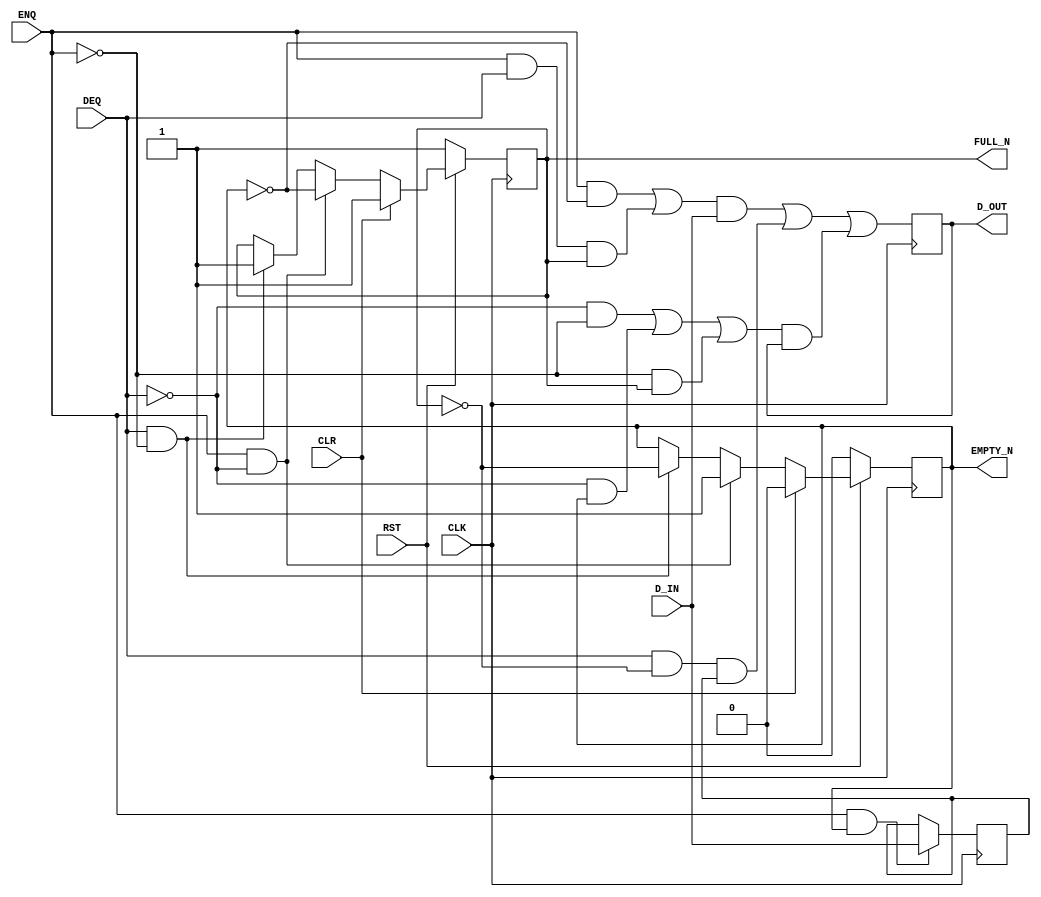

// Copyright (c) 2000-2012 Bluespec, Inc.

// Permission is hereby granted, free of charge, to any person obtaining a copy
// of this software and associated documentation files (the "Software"), to deal
// in the Software without restriction, including without limitation the rights
// to use, copy, modify, merge, publish, distribute, sublicense, and/or sell
// copies of the Software, and to permit persons to whom the Software is
// furnished to do so, subject to the following conditions:

// The above copyright notice and this permission notice shall be included in
// all copies or substantial portions of the Software.

// THE SOFTWARE IS PROVIDED "AS IS", WITHOUT WARRANTY OF ANY KIND, EXPRESS OR
// IMPLIED, INCLUDING BUT NOT LIMITED TO THE WARRANTIES OF MERCHANTABILITY,
// FITNESS FOR A PARTICULAR PURPOSE AND NONINFRINGEMENT. IN NO EVENT SHALL THE
// AUTHORS OR COPYRIGHT HOLDERS BE LIABLE FOR ANY CLAIM, DAMAGES OR OTHER
// LIABILITY, WHETHER IN AN ACTION OF CONTRACT, TORT OR OTHERWISE, ARISING FROM,
// OUT OF OR IN CONNECTION WITH THE SOFTWARE OR THE USE OR OTHER DEALINGS IN
// THE SOFTWARE.
//
// $Revision$
// $Date$

`ifdef BSV_ASSIGNMENT_DELAY
`else
  `define BSV_ASSIGNMENT_DELAY
`endif

`ifdef BSV_POSITIVE_RESET
  `define BSV_RESET_VALUE 1'b1
  `define BSV_RESET_EDGE posedge
`else
  `define BSV_RESET_VALUE 1'b0
  `define BSV_RESET_EDGE negedge
`endif

`ifdef BSV_ASYNC_RESET
 `define BSV_ARESET_EDGE_META or `BSV_RESET_EDGE RST
`else
 `define BSV_ARESET_EDGE_META
`endif

`ifdef BSV_RESET_FIFO_HEAD
 `define BSV_ARESET_EDGE_HEAD `BSV_ARESET_EDGE_META
`else
 `define BSV_ARESET_EDGE_HEAD
`endif

// Depth 2 FIFO
module FIFO2(CLK,
             RST,
             D_IN,
             ENQ,
             FULL_N,
             D_OUT,
             DEQ,
             EMPTY_N,
             CLR);

   parameter width = 1;
   parameter guarded = 1;

   input     CLK ;
   input     RST ;
   input [width - 1 : 0] D_IN;
   input                 ENQ;
   input                 DEQ;
   input                 CLR ;

   output                FULL_N;
   output                EMPTY_N;
   output [width - 1 : 0] D_OUT;

   reg                    full_reg;
   reg                    empty_reg;
   reg [width - 1 : 0]    data0_reg;
   reg [width - 1 : 0]    data1_reg;

   assign                 FULL_N = full_reg ;
   assign                 EMPTY_N = empty_reg ;
   assign                 D_OUT = data0_reg ;


   // Optimize the loading logic since state encoding is not power of 2!
   wire                   d0di = (ENQ && ! empty_reg ) || ( ENQ && DEQ && full_reg ) ;
   wire                   d0d1 = DEQ && ! full_reg ;
   wire                   d0h = ((! DEQ) && (! ENQ )) || (!DEQ && empty_reg ) || ( ! ENQ &&full_reg) ;
   wire                   d1di = ENQ & empty_reg ;

`ifdef BSV_NO_INITIAL_BLOCKS
`else // not BSV_NO_INITIAL_BLOCKS
   // synopsys translate_off
   initial
     begin
        data0_reg   = {((width + 1)/2) {2'b10}} ;
        data1_reg  = {((width + 1)/2) {2'b10}} ;
        empty_reg = 1'b0;
        full_reg  = 1'b1;
     end // initial begin
   // synopsys translate_on
`endif // BSV_NO_INITIAL_BLOCKS

   always@(posedge CLK `BSV_ARESET_EDGE_META)
     begin
        if (RST == `BSV_RESET_VALUE)
          begin
             empty_reg <= `BSV_ASSIGNMENT_DELAY 1'b0;
             full_reg  <= `BSV_ASSIGNMENT_DELAY 1'b1;
          end // if (RST == `BSV_RESET_VALUE)
        else
          begin
             if (CLR)
               begin
                  empty_reg <= `BSV_ASSIGNMENT_DELAY 1'b0;
                  full_reg  <= `BSV_ASSIGNMENT_DELAY 1'b1;
               end // if (CLR)
             else if ( ENQ && ! DEQ ) // just enq
               begin
                  empty_reg <= `BSV_ASSIGNMENT_DELAY 1'b1;
                  full_reg <= `BSV_ASSIGNMENT_DELAY ! empty_reg ;
               end
             else if ( DEQ && ! ENQ )
               begin
                  full_reg  <= `BSV_ASSIGNMENT_DELAY 1'b1;
                  empty_reg <= `BSV_ASSIGNMENT_DELAY ! full_reg;
               end // if ( DEQ && ! ENQ )
          end // else: !if(RST == `BSV_RESET_VALUE)

     end // always@ (posedge CLK or `BSV_RESET_EDGE RST)


   always@(posedge CLK `BSV_ARESET_EDGE_HEAD)
     begin
`ifdef BSV_RESET_FIFO_HEAD
        if (RST == `BSV_RESET_VALUE)
          begin
             data0_reg <= `BSV_ASSIGNMENT_DELAY {width {1'b0}} ;
             data1_reg <= `BSV_ASSIGNMENT_DELAY {width {1'b0}} ;
          end
        else
`endif
          begin
             data0_reg  <= `BSV_ASSIGNMENT_DELAY
                           {width{d0di}} & D_IN | {width{d0d1}} & data1_reg | {width{d0h}} & data0_reg ;
             data1_reg <= `BSV_ASSIGNMENT_DELAY
                          d1di ? D_IN : data1_reg ;
          end // else: !if(RST == `BSV_RESET_VALUE)
     end // always@ (posedge CLK or `BSV_RESET_EDGE RST)



   // synopsys translate_off
   always@(posedge CLK)
     begin: error_checks
        reg deqerror, enqerror ;

        deqerror =  0;
        enqerror = 0;
        if (RST == ! `BSV_RESET_VALUE)
          begin
             if ( ! empty_reg && DEQ )
               begin
                  deqerror =  1;
                  $display( "Warning: FIFO2: %m -- Dequeuing from empty fifo" ) ;
               end
             if ( ! full_reg && ENQ && (!DEQ || guarded) )
               begin
                  enqerror = 1;
                  $display( "Warning: FIFO2: %m -- Enqueuing to a full fifo" ) ;
               end
          end
     end // always@ (posedge CLK)
   // synopsys translate_on

endmodule